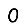
Digit: 0